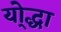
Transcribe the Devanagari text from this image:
यो्द्धा